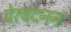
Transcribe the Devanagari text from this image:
पेरबदनन